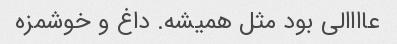
عاااالی بود مثل همیشه. داغ و خوشمزه